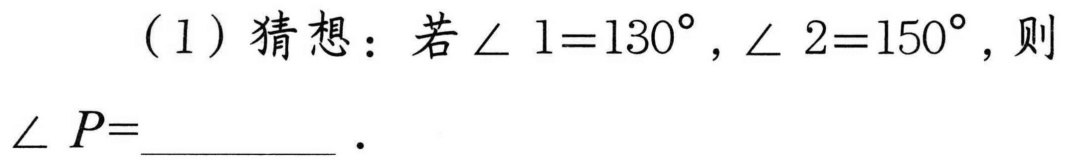
（1）猜想：若\(\angle 1 = 130^{\circ}\), \(\angle 2 = 150^{\circ}\), 则\(\angle P=\underline{\quad\quad}\).